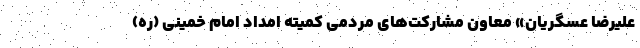
علیرضا عسگریان» معاون مشارکت‌های مردمی کمیته امداد امام خمینی (ره)